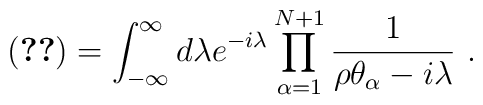
\left(\ref{kotencpnkosoku}\right)=\int^\infty_{-\infty}d\lambda e^{-i\lambda}\prod^{N+1}_{\alpha=1}{1\over\rho\theta_\alpha-i\lambda}\ .